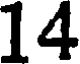
14